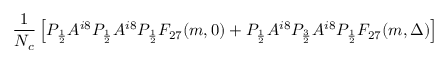
{ \frac { 1 } { N _ { c } } } \left[ P _ { \frac 1 2 } A ^ { i 8 } P _ { \frac 1 2 } A ^ { i 8 } P _ { \frac 1 2 } F _ { 2 7 } ( m , 0 ) + P _ { \frac 1 2 } A ^ { i 8 } P _ { \frac 3 2 } A ^ { i 8 } P _ { \frac 1 2 } F _ { 2 7 } ( m , \Delta ) \right]